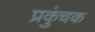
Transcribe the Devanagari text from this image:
प्रकुंचक